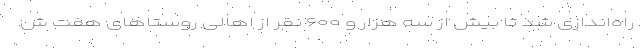
راه‌اندازی شد تا بیش از سه هزار و ۶۰۰ نفر از اهالی روستاهای هفت ش